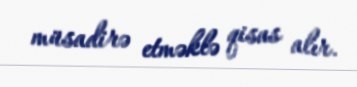
müsadirə etməklə qisas alır.